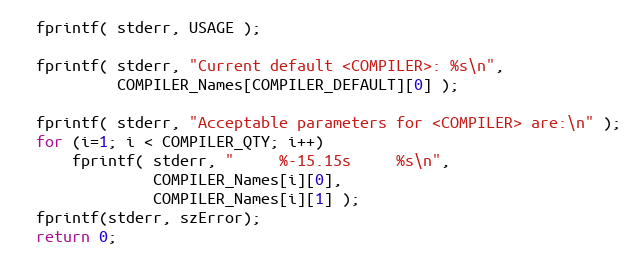
Language: C
  fprintf( stderr, USAGE );

  fprintf( stderr, "Current default <COMPILER>: %s\n",
		   COMPILER_Names[COMPILER_DEFAULT][0] );

  fprintf( stderr, "Acceptable parameters for <COMPILER> are:\n" );
  for (i=1; i < COMPILER_QTY; i++)
      fprintf( stderr, "     %-15.15s     %s\n",
		       COMPILER_Names[i][0],
		       COMPILER_Names[i][1] );
  fprintf(stderr, szError);
  return 0;